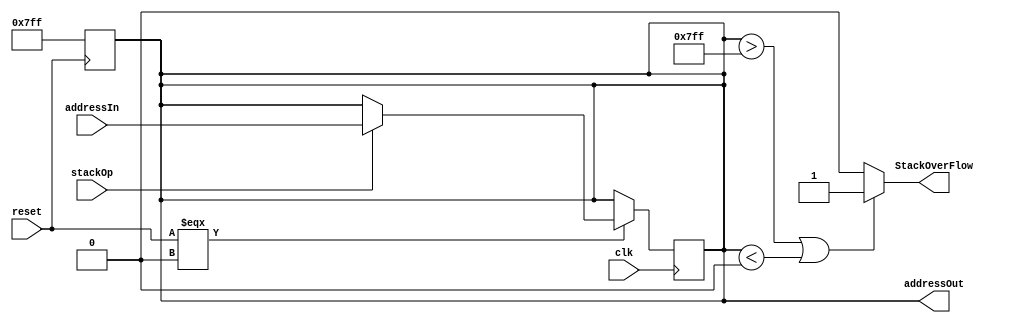
module StackPointer (clk, addressIn, addressOut, stackOp, reset,StackOverFlow);
    input clk;
    input reset;
    input [31:0] addressIn;
    input stackOp;
    output reg [31:0] addressOut;
    output StackOverFlow;

    always @(posedge reset)begin
    //   if (reset == 1'b1) begin
        addressOut = {32'd2047};
        // end 
    end

    always @ (negedge clk) begin
        if(reset === 1'b0) begin
            if(stackOp == 1'b1) begin
                addressOut = addressIn;
            end 
            else begin
                addressOut = addressOut;
            end
        end
       
    end
    assign StackOverFlow=(addressOut>32'd2047 || addressOut<32'd0)?1'b1:1'b0;
endmodule